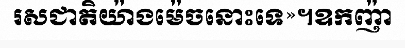
រសជាតិយ៉ាងម៉េចនោះទេ»។ឧកញ៉ា